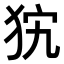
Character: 𤝨